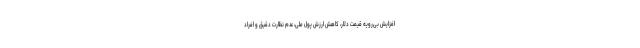
افزایش بی‌رویه قیمت دلار، کاهش ارزش پول ملی، عدم نظارت دقیق و افراد